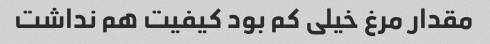
مقدار مرغ خیلی کم بود کیفیت هم نداشت